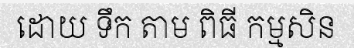
ដោយ ទឹក តាម ពិធី កម្មសិន